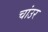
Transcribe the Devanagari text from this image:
चांउर